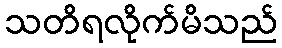
သတိရလိုက်မိသည်